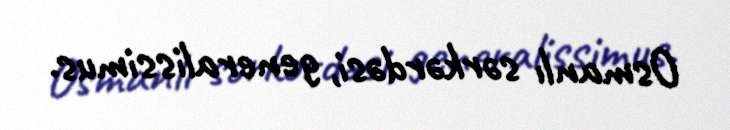
Osmanlı sərkərdəsi, generalissimus.